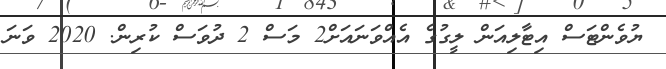
ޔުވެންޓަސް އިޓާލިއަން ލީގުގެ އެއްވަނައަށް2 މަސް 2 ދުވަސް ކުރިން. 2020 ވަނަ